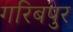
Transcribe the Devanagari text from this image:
गरिबपुर